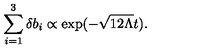
\sum _ { i = 1 } ^ { 3 } \delta b _ { i } \propto \exp ( - \sqrt { 1 2 \Lambda } t ) .